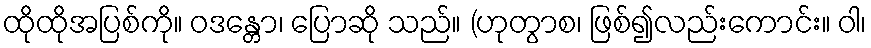
ထိုထိုအပြစ်ကို။ ဝဒန္တော၊ ပြောဆို သည်။ (ဟုတွာစ၊ ဖြစ်၍လည်းကောင်း။ ဝါ၊